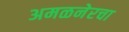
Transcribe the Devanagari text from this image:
अमळनेरचा